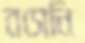
বসেনি